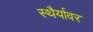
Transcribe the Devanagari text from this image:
स्थैर्यावर